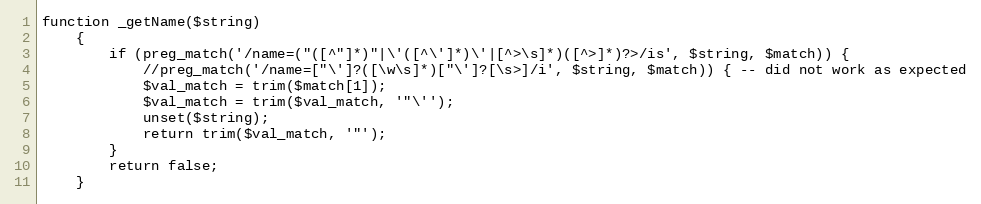
Language: PHP
function _getName($string)
	{
		if (preg_match('/name=("([^"]*)"|\'([^\']*)\'|[^>\s]*)([^>]*)?>/is', $string, $match)) {
			//preg_match('/name=["\']?([\w\s]*)["\']?[\s>]/i', $string, $match)) { -- did not work as expected
			$val_match = trim($match[1]);
			$val_match = trim($val_match, '"\'');
			unset($string);
			return trim($val_match, '"');
		}
		return false;
	}